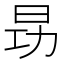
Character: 昮